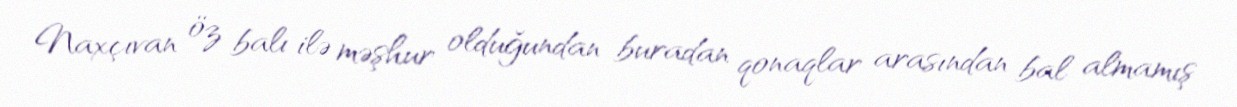
Naxçıvan öz balı ilə məşhur olduğundan buradan qonaqlar arasından bal almamış